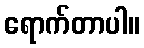
ရောက်တာပါ။